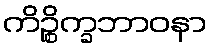
ကိဉ္စိက္ခဘာဝနာ